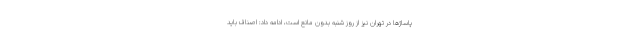
پاساژها در تهران نیز از روز شنبه بدون مانع است، ادامه داد: اصناف باید